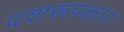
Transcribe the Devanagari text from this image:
दशरूपकार